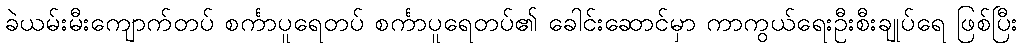
ခဲယမ်းမီးကျောက်တပ် စင်္ကာပူရေတပ် စင်္ကာပူရေတပ်၏ ခေါင်းဆောင်မှာ ကာကွယ်ရေးဦးစီးချုပ်ရေ ဖြစ်ပြီး